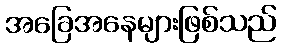
အခြေအနေများဖြစ်သည်